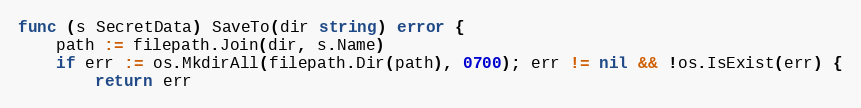
Language: Go
func (s SecretData) SaveTo(dir string) error {
	path := filepath.Join(dir, s.Name)
	if err := os.MkdirAll(filepath.Dir(path), 0700); err != nil && !os.IsExist(err) {
		return err